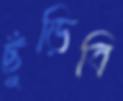
ছুঁড়িবি